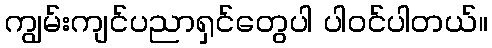
ကျွမ်းကျင်ပညာရှင်တွေပါ ပါဝင်ပါတယ်။